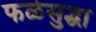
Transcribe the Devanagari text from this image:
फळेसुद्धा